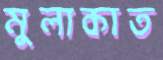
মুলাকাত